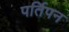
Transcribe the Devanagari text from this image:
पर्तिपन